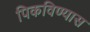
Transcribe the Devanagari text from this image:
पिकविण्यास